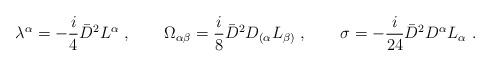
LaTeX: \begin{align*}\lambda^\alpha=-\frac{i}{4}{\bar D}^2 L^\alpha\ ,\qquad\Omega_{\alpha\beta}=\frac{i}{8}{\bar D}^2 D_{(\alpha}L_{\beta)}\ ,\qquad\sigma=-\frac{i}{24}{\bar D}^2 D^\alpha L_\alpha\ .\end{align*}